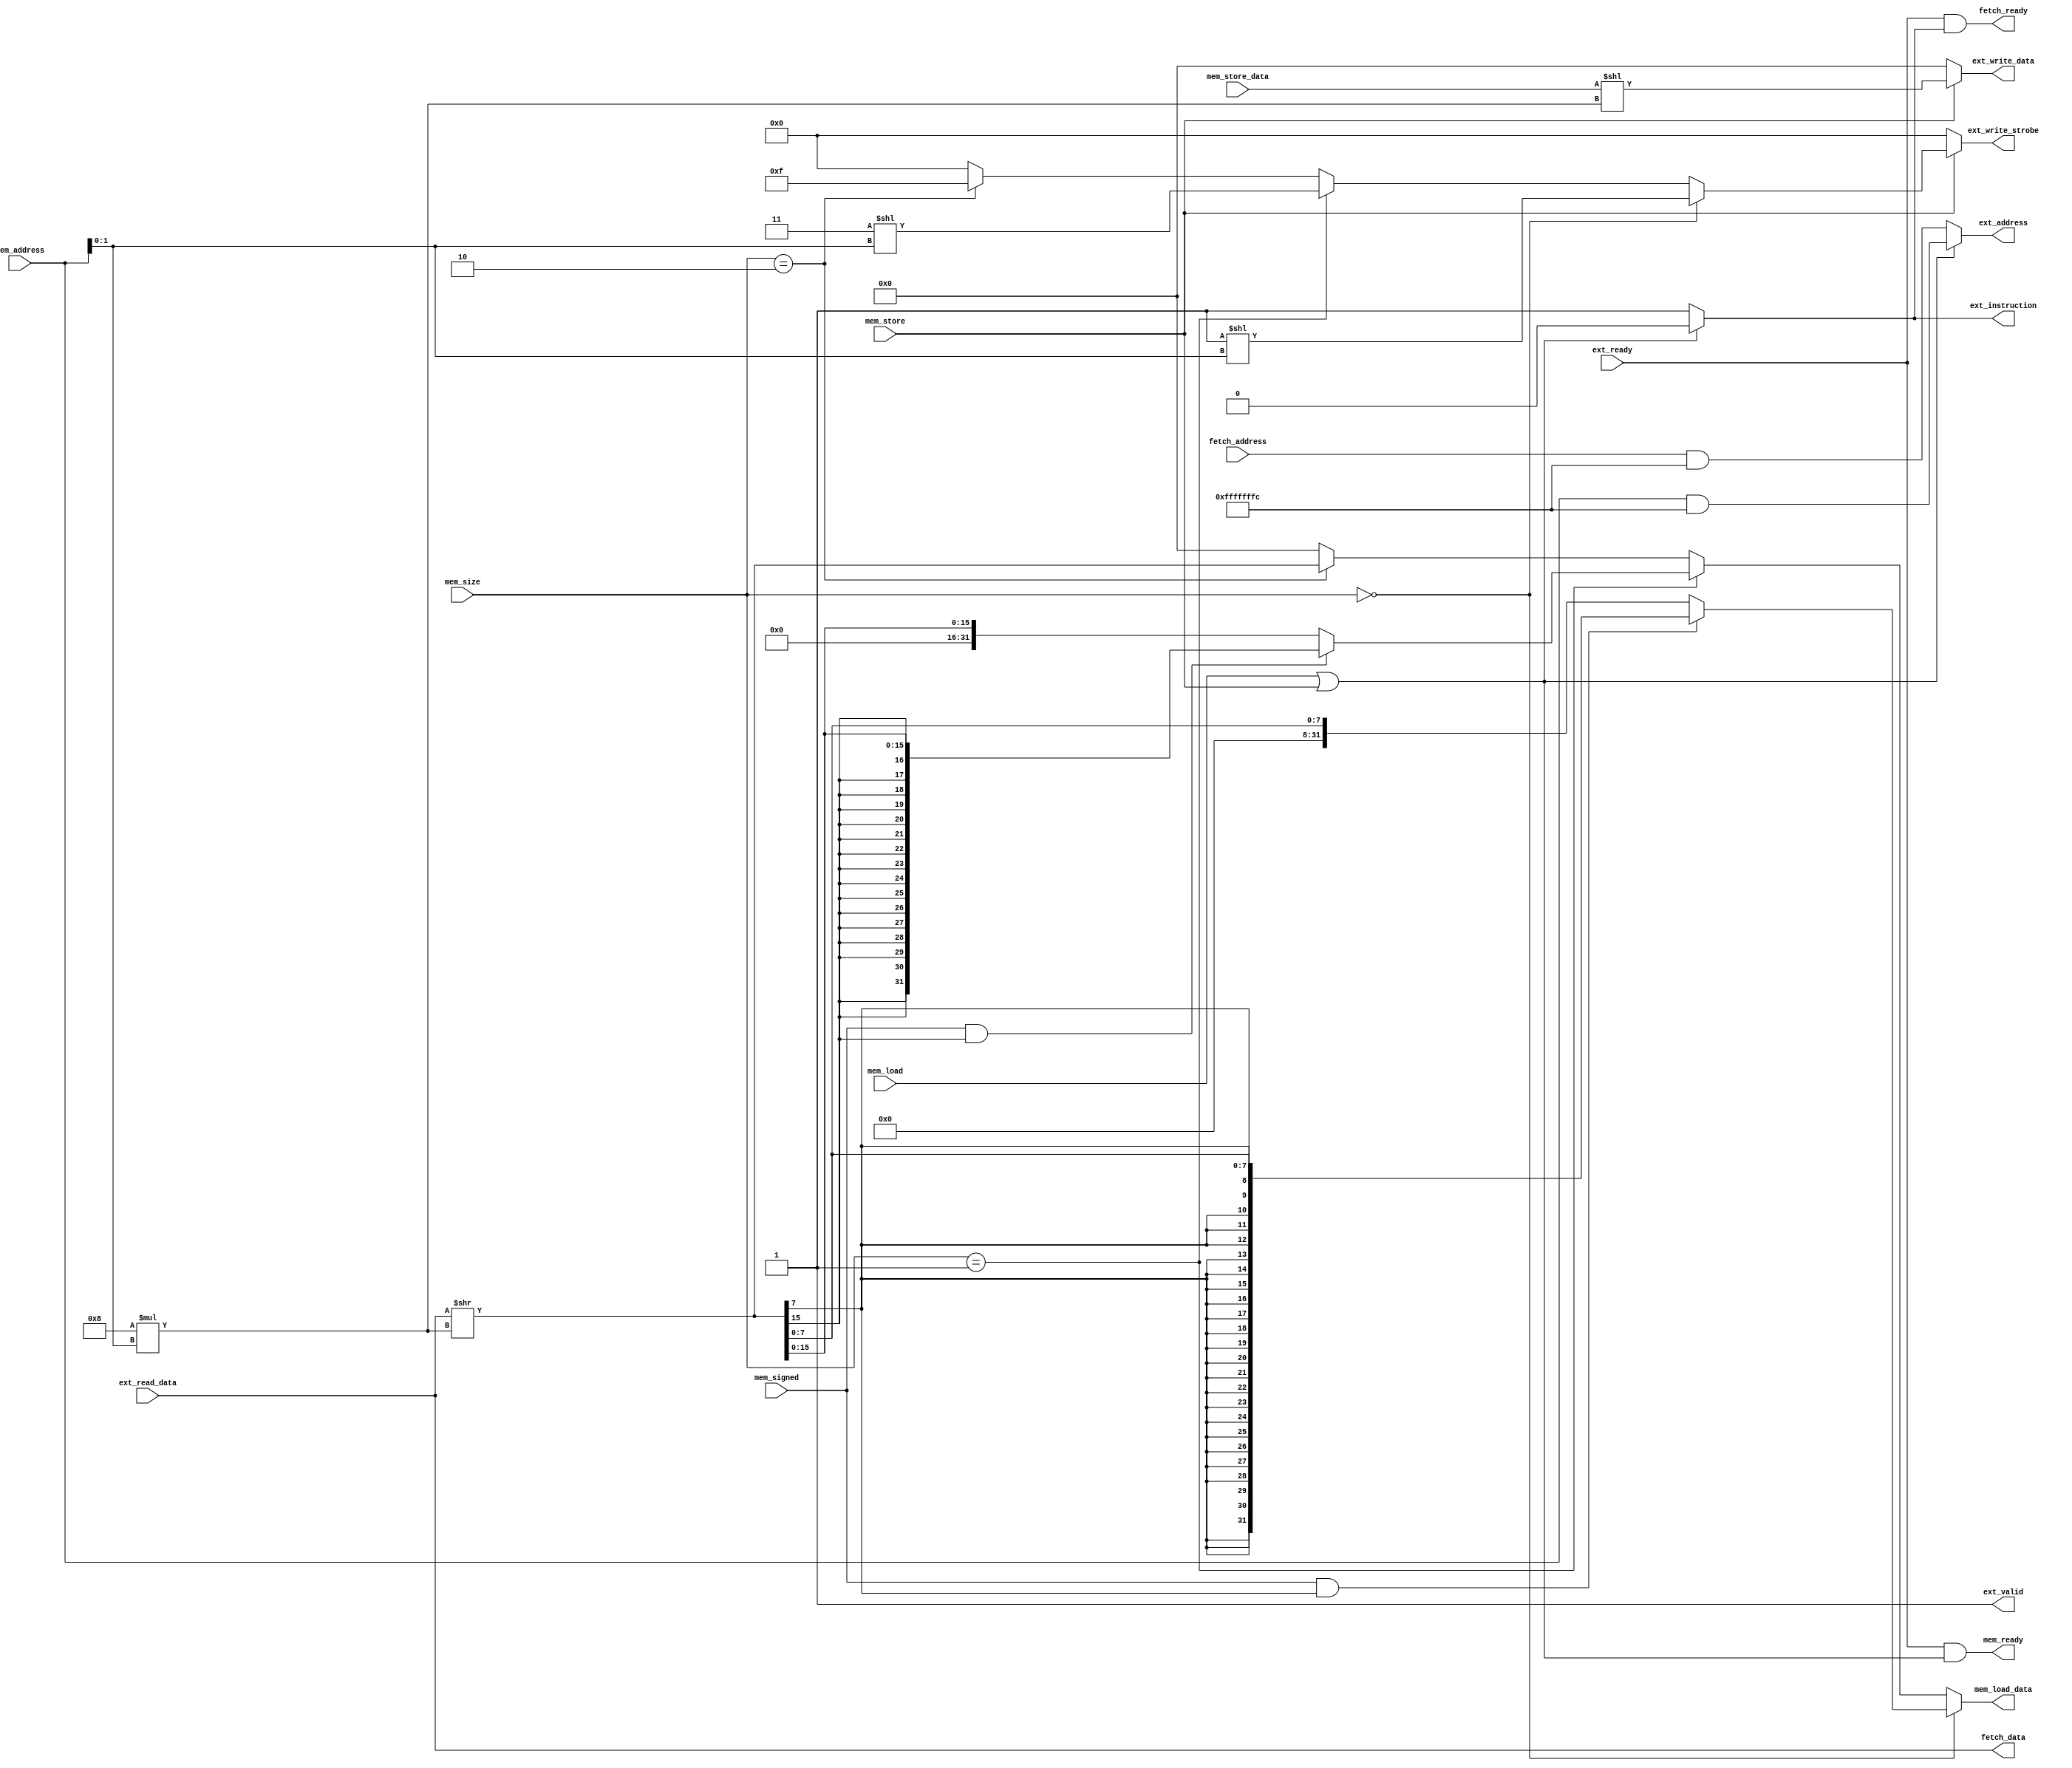
// This program was cloned from: https://github.com/hello-eternity/Cyberrio
// License: Apache License 2.0

module busio (
    `ifdef USE_POWER_PINS
    inout vccd1,	// User area 1 1.8V supply
    inout vssd1,	// User area 1 digital ground
    `endif
    /* input clk, */
    
    // External interface
    output ext_valid,
    output ext_instruction,
    input ext_ready,
    output [31:0] ext_address,
    output [31:0] ext_write_data,
    output reg [3:0] ext_write_strobe,
    input [31:0] ext_read_data,

    // Internal interface
    input [31:0] fetch_address,
    output [31:0] fetch_data,
    output fetch_ready,

    output reg [31:0] mem_load_data,
    output mem_ready,
    input [31:0] mem_address,
    input [31:0] mem_store_data,
    input [1:0] mem_size,
    input mem_signed,
    input mem_load,
    input mem_store
);



// Compute ext_valid
assign ext_valid = 1;

// Compute ext_instruction
assign ext_instruction = mem_load || mem_store ? 0 : 1;
// Compute ext_address using a continuous assignment

assign ext_address = (mem_load || mem_store) ? (mem_address & 32'hffff_fffc) : (fetch_address & 32'hffff_fffc);

// Compute ext_write_data using a continuous assignment
assign ext_write_data = mem_store ? (mem_store_data << (8 * mem_address[1:0])) : 0;

always @(*) begin
    if (!mem_store)
        ext_write_strobe = 4'b0000;
    else if (mem_size == 2'b00)
        ext_write_strobe = 4'b0001 << mem_address[1:0];
    else if (mem_size == 2'b01)
        ext_write_strobe = 4'b0011 << mem_address[1:0];
    else if (mem_size == 2'b10)
        ext_write_strobe = 4'b1111;
    else
        ext_write_strobe = 4'b0000;
end
// Fetch and memory interface ready signals
assign fetch_ready = ext_ready && ext_instruction;
assign mem_ready = ext_ready && !ext_instruction;

// Fetch data
assign fetch_data = ext_read_data;

// Compute mem_load_data
wire [31:0] tmp_load_data = ext_read_data >> (8 * mem_address[1:0]);

always @(*) begin
    if (mem_size == 2'b00) 
        mem_load_data = mem_signed && tmp_load_data[7] ? {{24{tmp_load_data[7]}}, tmp_load_data[7:0]} : {24'b0, tmp_load_data[7:0]};
    else if (mem_size == 2'b01) 
        mem_load_data = mem_signed && tmp_load_data[15] ? {{16{tmp_load_data[15]}}, tmp_load_data[15:0]} : {16'b0, tmp_load_data[15:0]};
    else if (mem_size == 2'b10)
        mem_load_data = tmp_load_data;
    else
        mem_load_data = 32'b0;
end

endmodule